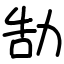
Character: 勂